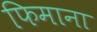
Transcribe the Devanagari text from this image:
फिमाना